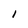
Character: I